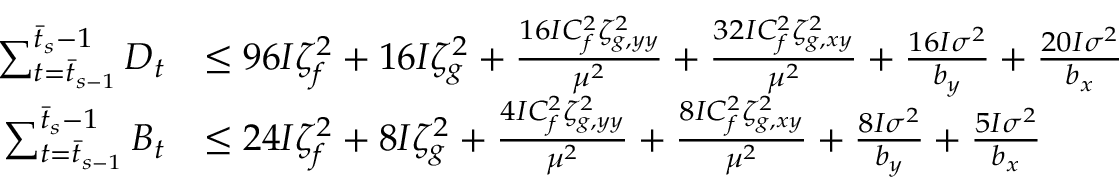
\begin{array} { r l } { \sum _ { t = \bar { t } _ { s - 1 } } ^ { \bar { t } _ { s } - 1 } D _ { t } } & { \leq 9 6 I \zeta _ { f } ^ { 2 } + 1 6 I \zeta _ { g } ^ { 2 } + \frac { 1 6 I C _ { f } ^ { 2 } \zeta _ { g , y y } ^ { 2 } } { \mu ^ { 2 } } + \frac { 3 2 I C _ { f } ^ { 2 } \zeta _ { g , x y } ^ { 2 } } { \mu ^ { 2 } } + \frac { 1 6 I \sigma ^ { 2 } } { b _ { y } } + \frac { 2 0 I \sigma ^ { 2 } } { b _ { x } } } \\ { \sum _ { t = \bar { t } _ { s - 1 } } ^ { \bar { t } _ { s } - 1 } B _ { t } } & { \leq 2 4 I \zeta _ { f } ^ { 2 } + 8 I \zeta _ { g } ^ { 2 } + \frac { 4 I C _ { f } ^ { 2 } \zeta _ { g , y y } ^ { 2 } } { \mu ^ { 2 } } + \frac { 8 I C _ { f } ^ { 2 } \zeta _ { g , x y } ^ { 2 } } { \mu ^ { 2 } } + \frac { 8 I \sigma ^ { 2 } } { b _ { y } } + \frac { 5 I \sigma ^ { 2 } } { b _ { x } } } \end{array}